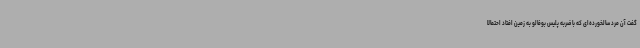
گفت آن مرد سالخورده‌ای که با ضربه پلیس بوفالو به زمین افتاد احتمالا